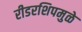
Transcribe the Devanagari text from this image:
रीडरशिपमुळे